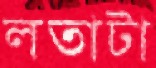
লতাটা